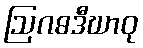
ဩဂဓဒီဃာဝု